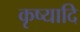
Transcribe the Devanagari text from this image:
कृष्यादि